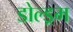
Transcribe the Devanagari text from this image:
डोल्ड्रम